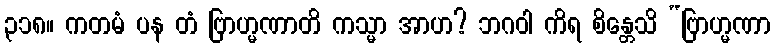
၃၁၈။ ကတမံ ပန တံ ဗြာဟ္မဏာတိ ကသ္မာ အာဟ? ဘဂဝါ ကိရ စိန္တေသိ “ဗြာဟ္မဏာ